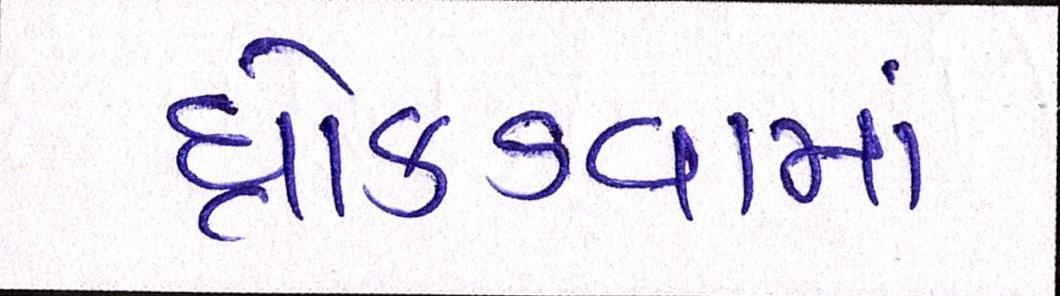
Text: ધ્રોકડવામાં